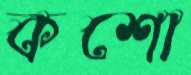
কশো